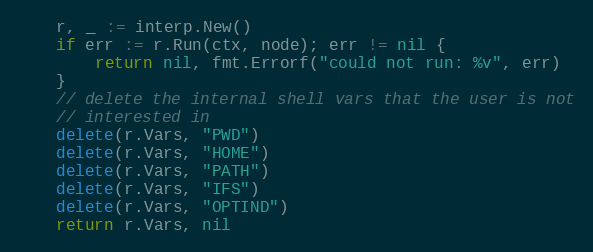
Language: Go
	r, _ := interp.New()
	if err := r.Run(ctx, node); err != nil {
		return nil, fmt.Errorf("could not run: %v", err)
	}
	// delete the internal shell vars that the user is not
	// interested in
	delete(r.Vars, "PWD")
	delete(r.Vars, "HOME")
	delete(r.Vars, "PATH")
	delete(r.Vars, "IFS")
	delete(r.Vars, "OPTIND")
	return r.Vars, nil